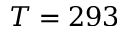
T = 2 9 3